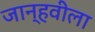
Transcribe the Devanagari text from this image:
जान्हवीला